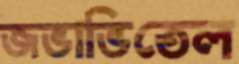
জভাভিতেল